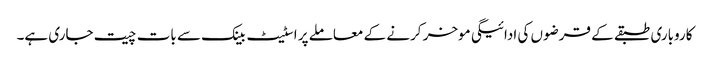
کاروباری طبقے کے قرضوں کی ادائیگی موخر کرنے کے معاملے پر اسٹیٹ بینک سے بات چیت جاری ہے۔